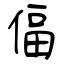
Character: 偪